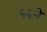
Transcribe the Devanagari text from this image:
५६ने